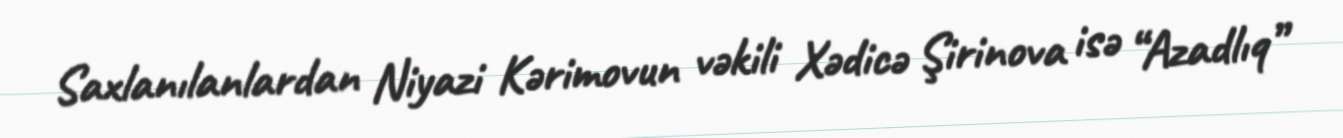
Saxlanılanlardan Niyazi Kərimovun vəkili Xədicə Şirinova isə “Azadlıq”